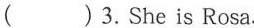
( )3. She is Rosa.